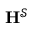
\mathbf { H } ^ { \mathcal { S } }